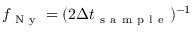
f _ { \mathrm { ~ N ~ y ~ } } = ( 2 \Delta t _ { \mathrm { ~ s ~ a ~ m ~ p ~ l ~ e ~ } } ) ^ { - 1 }